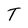
Character: T